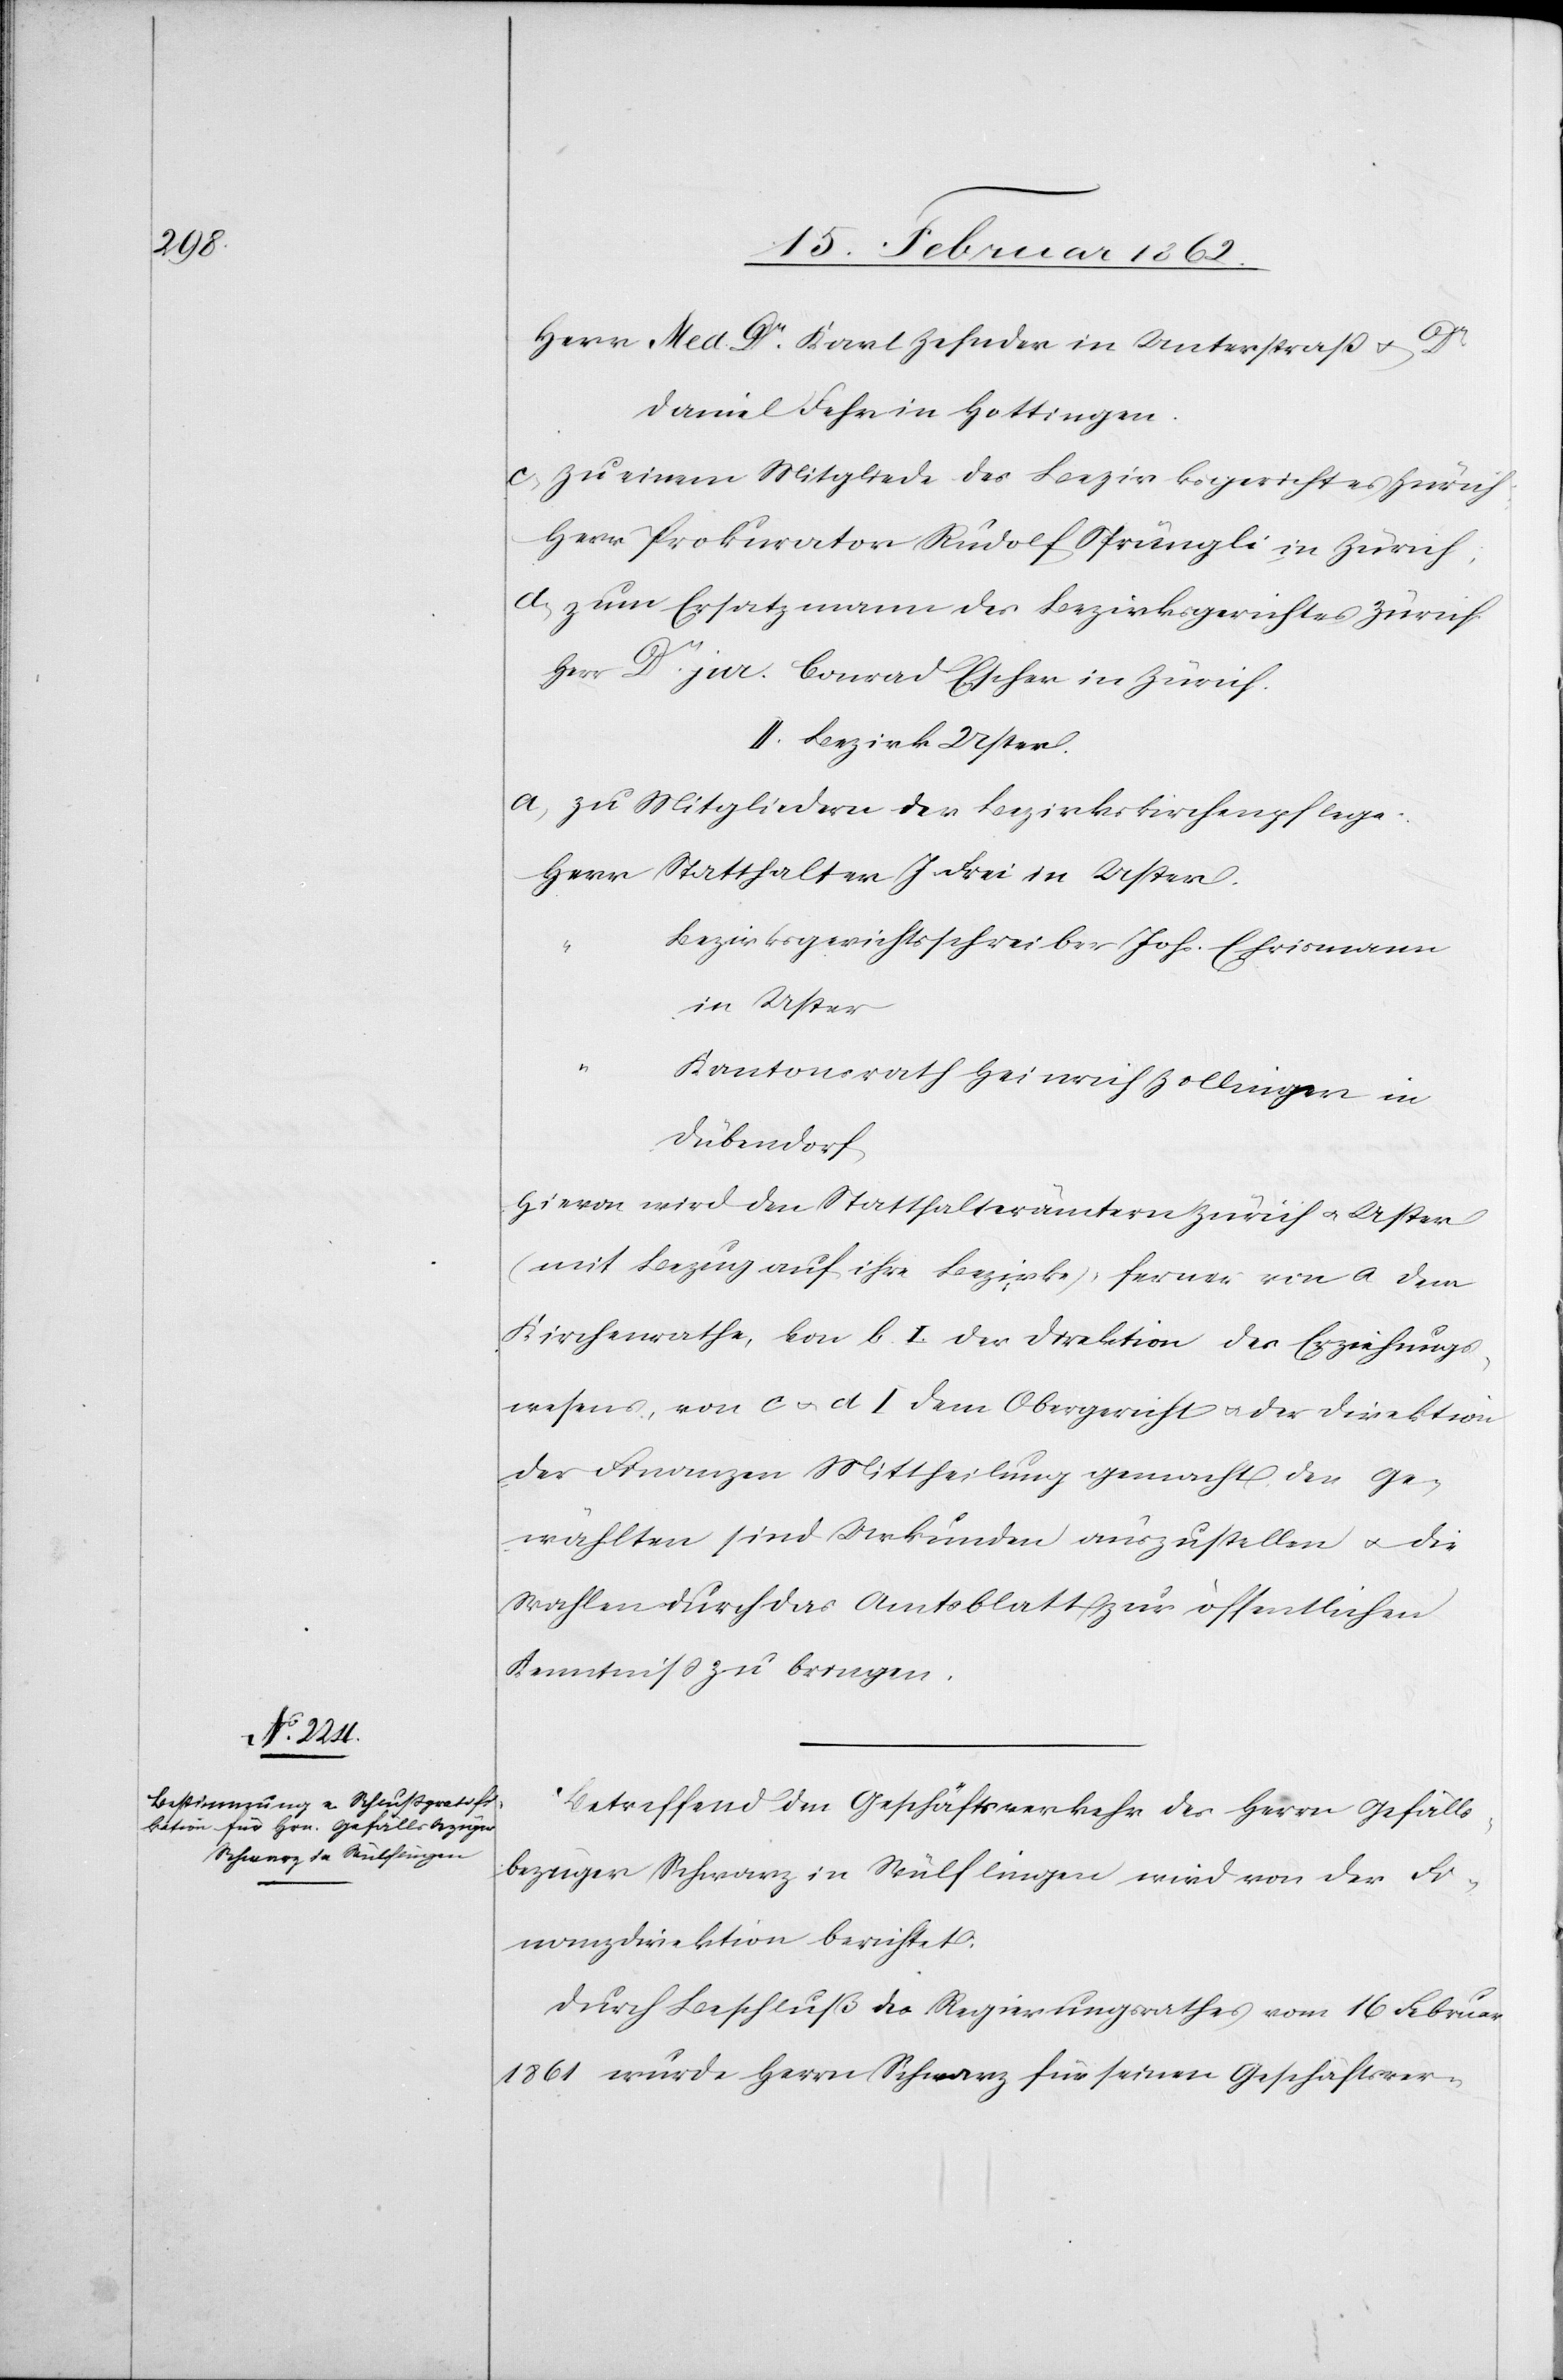
Herr Med. Dr. Karl Zehnder in Unterstraß u. Dr.
Daniel Fehr in Hottingen.
c) zu einem Mitgliede des Bezirksgerichtes Zürich
Herr Prokurator Rudolf Sprüngli in Zürich;
d) zum Ersatzmann des Bezirksgerichtes Zürich
Herr Dr. jur. Conrad Escher in Zürich.
II. Bezirk Uster.
a) zu Mitgliedern der Bezirkskirchenpflege
Herr Statthalter J. Frei in Uster.
Bezirksgerichtsschreiber Joh. Ehrismann
in Uster
“
Kantonsrath Heinrich Zollinger in
Dübendorf
Hievon wird den Statthalterämtern Zürich u. Uster
(mit Bezug auf ihre Bezirke), ferner von a dem
Kirchenrathe, von b I der Direktion des Erziehungs¬
wesens, von c u. d I dem Obergericht u. der Direktion
der Finanzen Mittheilung gemacht. Den Ge¬
wählten sind Urkunden auszustellen u. die
Wahlen durch das Amtsblatt zur öffentlichen
Kenntniß zu bringen.
Betreffend den Geschäftsverkehr des Herrn Gefälls¬
bezüger Schwarz in Wülflingen wird von der Fi¬
nanzdirektion berichtet:
Durch Beschluß des Regierungsrathes vom 16 Februar
1861 wurde Herrn Schwarz für seinen Geschäftsver-